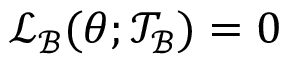
\mathcal { L } _ { \mathcal { B } } ( \boldsymbol { \theta } ; \mathcal { T } _ { \mathcal { B } } ) = 0